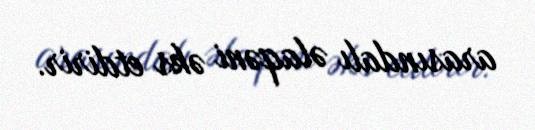
arasındalı əlaqəni əks etdirir.